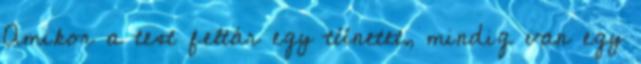
Amikor a test feltár egy tünetet, mindig van egy